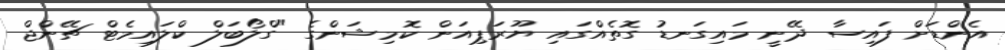
އެންޑަށް ފައިސާ ދޭނީ މައިގަނޑު ގޮތެއްގައި ޔޫރަޕިއަން ކޮމިޝަންގެ "ގްލޯބަލް ކްލައިމެޓް ޗޭންޖް